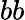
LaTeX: bb